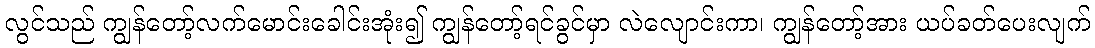
လွင်သည် ကျွန်တော့်လက်မောင်းခေါင်းအုံး၍ ကျွန်တော့်ရင်ခွင်မှာ လဲလျောင်းကာ၊ ကျွန်တော့်အား ယပ်ခတ်ပေးလျက်